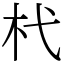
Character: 杙